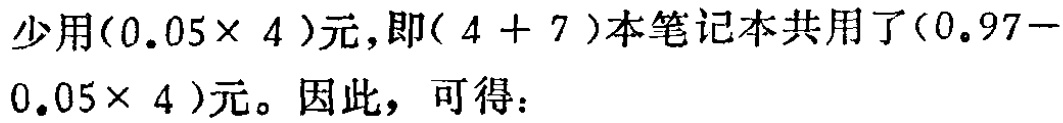
少用\((0.05\times 4)\)元，即\((4 + 7)\)本笔记本共用了\((0.97 - 0.05\times 4)\)元。因此，可得：